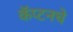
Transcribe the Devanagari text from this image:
कॅप्टनचे